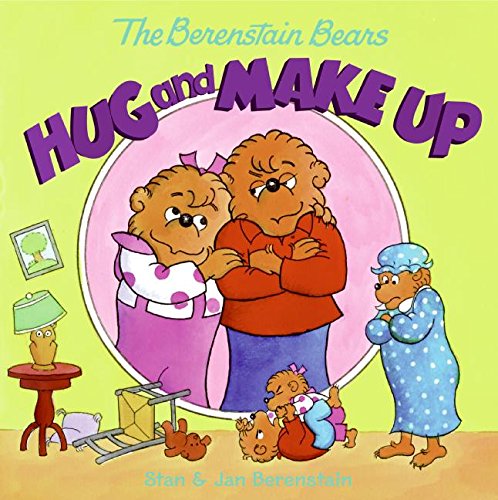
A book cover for The Berenstain Bears Hug and Make Up; Jan Berenstain; Children's Books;